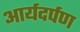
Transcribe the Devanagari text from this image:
आर्यदर्पण